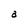
Character: a